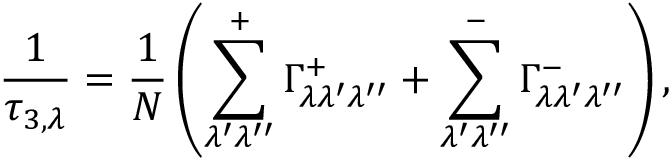
\frac { 1 } { \tau _ { 3 , \lambda } } = \frac { 1 } { N } \left( \sum _ { \lambda ^ { \prime } \lambda ^ { \prime \prime } } ^ { + } { \Gamma _ { \lambda \lambda ^ { \prime } \lambda ^ { \prime \prime } } ^ { + } } + \sum _ { \lambda ^ { \prime } \lambda ^ { \prime \prime } } ^ { - } { \Gamma _ { \lambda \lambda ^ { \prime } \lambda ^ { \prime \prime } } ^ { - } } \right) ,